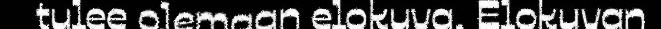
tulee olemaan elokuva. Elokuvan